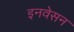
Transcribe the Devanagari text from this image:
इनवेसन